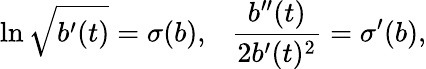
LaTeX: \ln\sqrt{b^{\prime}(t)}=\sigma(b),~~~\frac{b^{\prime\prime}(t)}{2b^{\prime}(t)^{2}}=\sigma^{\prime}(b),